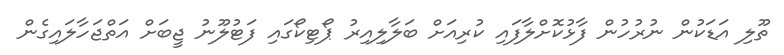
ތޫލި އަޑަކުން ނުރުހުން ފާޅުކޮށްލާފައި ކުރިއަށް ބަލާލިއިރު ޕޯޓިކޯގައި ފަޓުލޫނު ޖީބަށް އަތްޖަހާލައިގެން